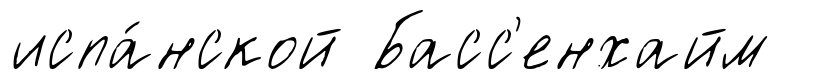
испа́нской Басс'енхайм